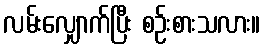
လမ်းလျှောက်ပြီး စဉ်းစားသလား။